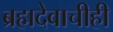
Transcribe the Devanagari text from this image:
ब्रह्मदेवाचीही